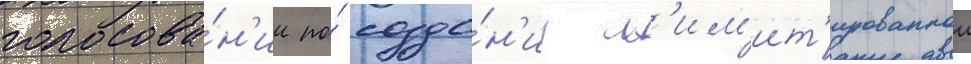
голосова́н'ии по́ созда́н'иу л'им'ит'ированнои